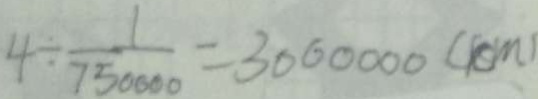
4 \div \frac { 1 } { 7 5 0 0 0 0 } = 3 0 0 0 0 0 0 ( c m )